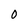
Character: O